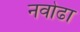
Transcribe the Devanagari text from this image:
नवोढा